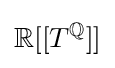
\mathbb {R} [[T^{\mathbb {Q} }]]